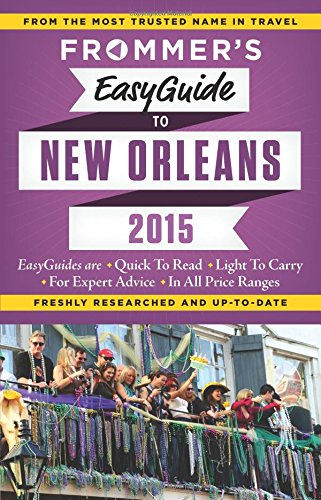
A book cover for Frommer's EasyGuide to New Orleans 2015 (Easy Guides); Diana K. Schwam; Travel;